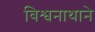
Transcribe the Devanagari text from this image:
विश्वनाथाने